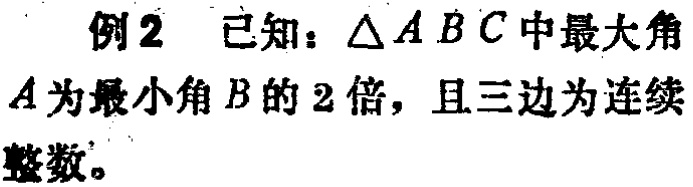
例2 已知：$\triangle ABC$中最大角$A$为最小角$B$的$2$倍，且三边为连续整数。